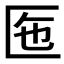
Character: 𠤷